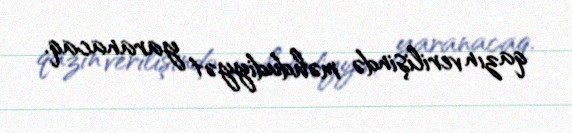
qazın verilişində məhdudiyyət yaranacaq.